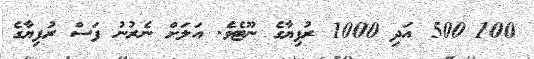
100 500 އަދި 1000 ރުފިޔާގެ ނޫޓެވެ. އަލަށް ނެރުނު ފަސް ރުފިޔާގެ